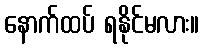
နောက်ထပ် ရနိုင်မလား။